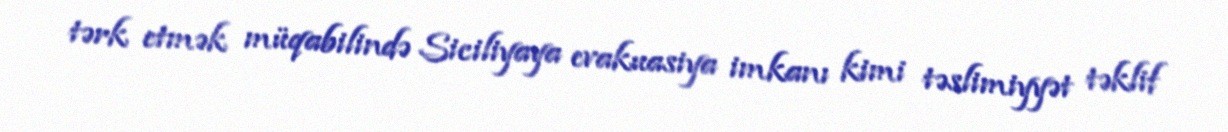
tərk etmək müqabilində Siciliyaya evakuasiya imkanı kimi təslimiyyət təklif